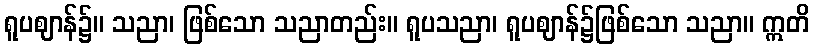
ရူပဈာန်၌။ သညာ၊ ဖြစ်သော သညာတည်း။ ရူပသညာ၊ ရူပဈာန်၌ဖြစ်သော သညာ။ ဣတိ